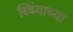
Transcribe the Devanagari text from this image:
स्त्रिंयाच्या